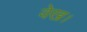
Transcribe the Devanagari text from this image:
वेख।